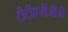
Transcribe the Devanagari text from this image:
टीटीएजीजीजी